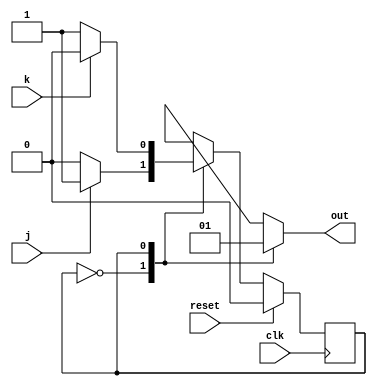
module top_module(
    input clk,
    input reset,    // Synchronous reset to OFF
    input j,
    input k,
    output out); //  

    parameter OFF=0, ON=1; 
    reg state, next_state;

    always @(*) begin
        case(state)
            OFF: next_state = j ? ON : OFF;
            ON : next_state = k ? OFF : ON;
        endcase
    end

    always @(posedge clk) begin
        if(reset)
            state <= OFF;
        else
            state <= next_state;
    end

    always @(*) begin
        case(state)
            OFF: out = 1'b0;
            ON : out = 1'b1;
        endcase
    end

endmodule